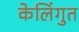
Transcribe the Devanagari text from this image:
केलिंगुत